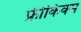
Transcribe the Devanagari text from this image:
फ्रीकिक्स